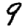
Digit: 9